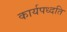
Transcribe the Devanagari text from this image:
कार्यपध्दति